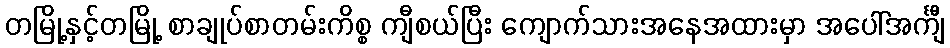
တမြို့နှင့်တမြို့ စာချုပ်စာတမ်းကိစ္စ ကျီစယ်ပြီး ကျောက်သားအနေအထားမှာ အပေါ်အင်္ကျီ